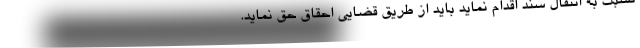
نسبت به انتقال سند اقدام نماید باید از طریق قضایی احقاق حق نماید.